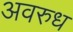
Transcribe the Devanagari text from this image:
अवरुध